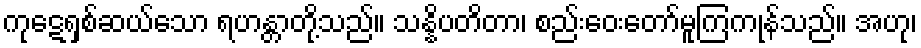
ကုဋေရှစ်ဆယ်သော ရဟန္တာတို့သည်။ သန္နိပတိတာ၊ စည်းဝေးတော်မူကြကုန်သည်။ အဟု၊